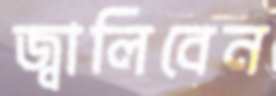
জ্বালিবেন